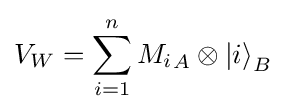
V_{W}=\sum _{i=1}^{n}{M_{i}}_{A}\otimes {|i\rangle }_{B}